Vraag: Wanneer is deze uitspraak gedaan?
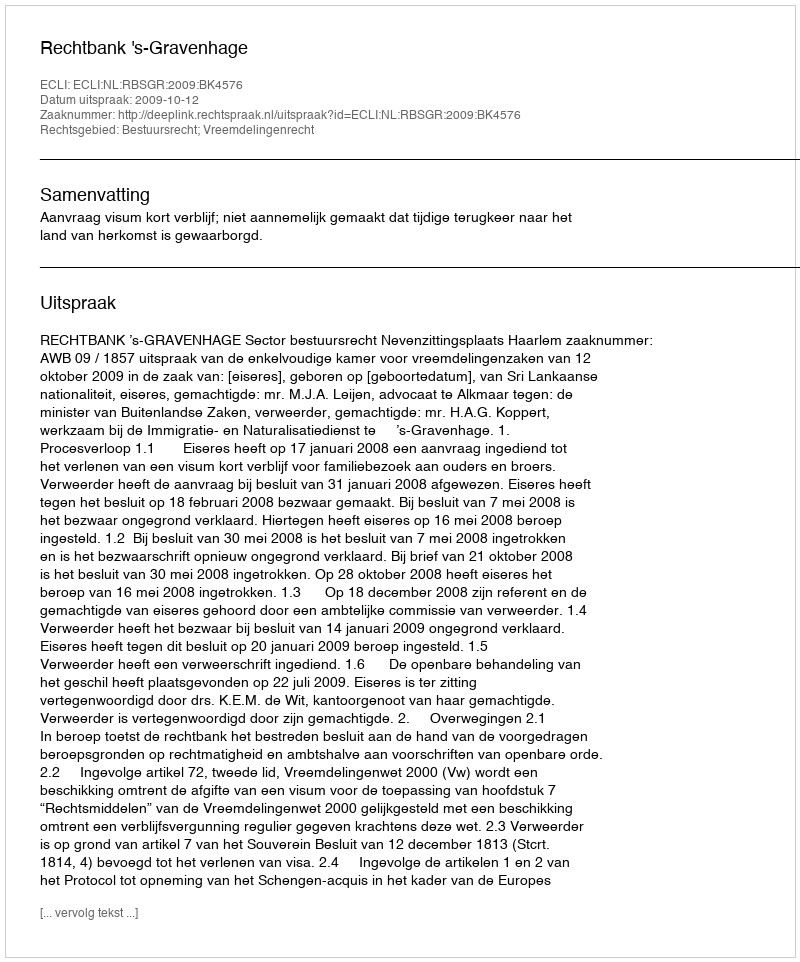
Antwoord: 2009-10-12